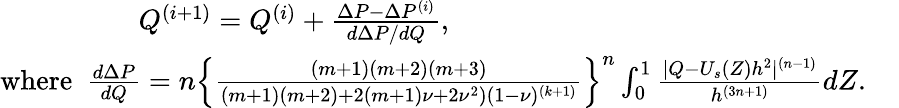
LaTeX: \begin{array}{r}{Q^{(i+1)}=Q^{(i)}+\frac{\Delta P-\Delta P^{(i)}}{d\Delta P/dQ},~~~~~~~~~~~~~~~~~~~~~~~~~~~~~~~~~~~~~~~~~~~~~~~~~~~~~~~~~~~~~~~}\\ {\mathrm{where}~~\frac{d\Delta P}{dQ}=n\left\{ \frac{(m+1)(m+2)(m+3)}{(m+1)(m+2)+2(m+1)\nu+2\nu^{2})(1-\nu)^{(k+1)}}\right\} ^{n}\int_{0}^{1}\frac{|Q-U_{s}(Z)h^{2}|^{(n-1)}}{h^{(3n+1)}}dZ.~~~~}\end{array}